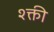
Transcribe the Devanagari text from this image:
श्क्ती